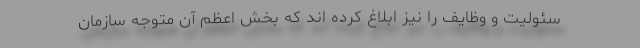
سئولیت و وظایف را نیز ابلاغ کرده اند که بخش اعظم آن متوجه سازمان